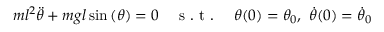
\begin{array} { r } { m l ^ { 2 } \ddot { \theta } + m g l \sin { ( \theta ) } = 0 \quad \mathrm { ~ s ~ . ~ t ~ . ~ } \quad \theta ( 0 ) = \theta _ { 0 } , \ \dot { \theta } ( 0 ) = \dot { \theta } _ { 0 } } \end{array}